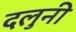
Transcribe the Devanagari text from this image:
दलुनी